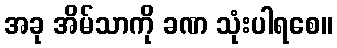
အခု အိမ်သာကို ခဏ သုံးပါရစေ။